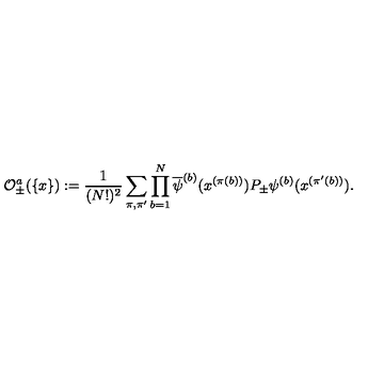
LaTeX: { \cal O } _ { \pm } ^ { a } ( \{ x \} ) : = \frac { 1 } { ( N ! ) ^ { 2 } } \sum _ { \pi , \pi ^ { \prime } } \prod _ { b = 1 } ^ { N } \overline { { \psi } } ^ { ( b ) } ( x ^ { ( \pi ( b ) ) } ) P _ { \pm } \psi ^ { ( b ) } ( x ^ { ( \pi ^ { \prime } ( b ) ) } ) .